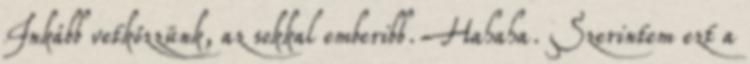
Inkább vetkőzzünk, az sokkal emberibb. Hahaha. Szerintem ezt a